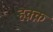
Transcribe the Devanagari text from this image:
हक़्क़